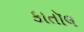
કાતૉલ